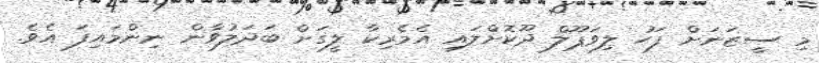
މި ސީޒަނަށް ފަހު ލިވަޕޫލް ދޫކޮށްލައި އެމެރިކާ ލީގަށް ބަދަލުވާން ނިންމައިފަ އެވެ.